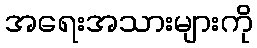
အရေးအသားများကို